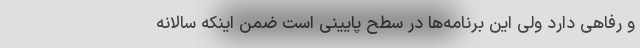
و رفاهی دارد ولی این برنامه‌ها در سطح پایینی است ضمن اینکه سالانه